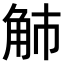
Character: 𧢿